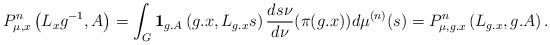
LaTeX: \begin{align*}P_{\mu,x}^{n}\left(L_{x}g^{-1},A\right)=\int_{G}{\bf 1}_{g.A}\left(g.x,L_{g.x}s\right)\frac{ds\nu}{d\nu}(\pi(g.x))d\mu^{(n)}(s)=P_{\mu,g.x}^{n}\left(L_{g.x},g.A\right).\end{align*}